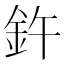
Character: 𫒍